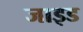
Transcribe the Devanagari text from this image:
जाइड